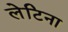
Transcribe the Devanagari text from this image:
लेटिना